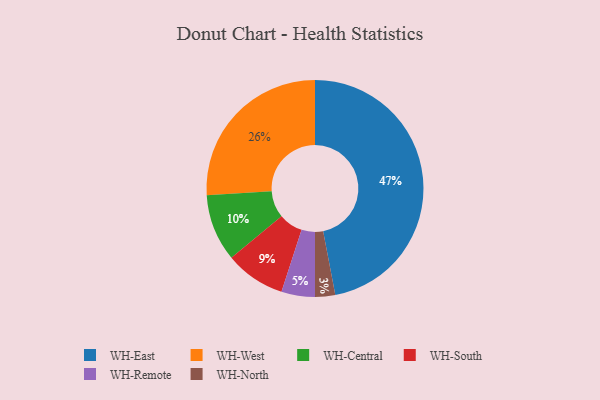
{"axis": {"x": "Category", "y": "Percentage"}, "legend": ["WH-Central", "WH-East", "WH-North", "WH-Remote", "WH-South", "WH-West"], "data": [{"x": "WH-South", "y": 9, "type": "WH-South"}, {"x": "WH-Central", "y": 10, "type": "WH-Central"}, {"x": "WH-Remote", "y": 5, "type": "WH-Remote"}, {"x": "WH-West", "y": 26, "type": "WH-West"}, {"x": "WH-North", "y": 3, "type": "WH-North"}, {"x": "WH-East", "y": 47, "type": "WH-East"}]}